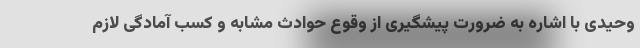
وحیدی با اشاره به ضرورت پیشگیری از وقوع حوادث مشابه و کسب آمادگی لازم